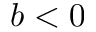
b < 0